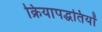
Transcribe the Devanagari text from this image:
क्रियापद्धतियों